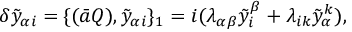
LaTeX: \delta \tilde { y } _ { \alpha i } = \{ ( \bar { a } Q ) , \tilde { y } _ { \alpha i } \} _ { 1 } = i ( \lambda _ { \alpha \beta } \tilde { y } _ { i } ^ { \beta } + \lambda _ { i k } \tilde { y } _ { \alpha } ^ { k } ) ,